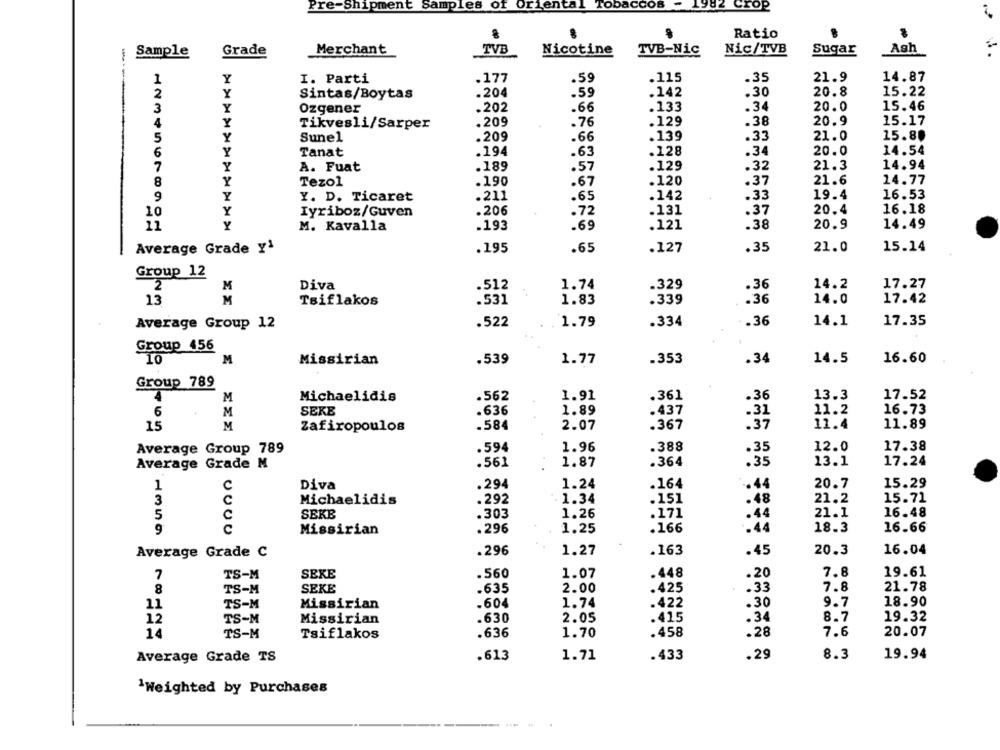
Pre-Shipment Samples
of Orient
CCOS
982 crop
Ratio
Sample
Grade
Merchant
TVB
Nicotine
TVB-Nic
Nic/TVB
Sugar
Ash
-
1
Y
I. Parti
.177
.59
.115
.35
21.9
14.87
2
.59
Y
Sintas/Boytas
.204
.142
.30
20.8
15.22
.34
3
Y
Ozgener
.202
.66
.133
20.0
15.46
.38
20.9
4
Y
Tikvesli/Sarper
.209
.76
.129
15.17
.139
.33
21.0
15.80
5
Y
Sunel
.209
.66
20.0
14.54
6
Y
Tanat
.194
.63
.128
.34
.57
.32
21.3
14.94
7
Y
A. Fuat
.189
.129
Tezol
.190
.37
21.6
14.77
8
Y
.67
.120
.142
19.4
16.53
9
Y
Y. D. Ticaret
.211
.65
.33
.206
.72
.131
.37
20.4
16.18
10
Y
Iyriboz/Guven
11
Y
.69
.121
.38
20.9
14.49
M. Kavalla
.193
.65
.127
.35
21.0
15.14
Average Grade y1
.195
Group 12
Diva
.329
14.2
M
.512
1.74
.36
17.27
13
M
1.83
.339
.36
14.0
17.42
Tsiflakos
.531
.522
1.79
.334
.36
14.1
17.35
Average Group 12
Group 456
M
Missirian
.539
1.77
.353
.34
14.5
16.60
Group 789
Michaelidis
.562
1.91
.361
.36
13.3
17.52
M
6
M
SEKE
.636
1.89
.437
.31
11.2
16.73
15
M
Zafiropoulos
.584
2.07
.367
.37
11.4
11.89
Average Group 789
.594
1.96
.388
.35
12.0
17.38
Average Grade M
.561
1.87
.364
.35
13.1
17.24
1
C
Diva
.294
1.24
.164
.44
20.7
15.29
3
Michaelidis
.292
1.34
.151
.48
21.2
15.71
5
C
SEKB
.303
1.26
.171
.44
21.1
16.48
C
Missirian
.296
1.25
.166
-. 44
18.3
16.66
Average Grade C
.296
1.27
.163
.45
20.3
16.04
7
TS-M
SEXE
.560
1.07
.448
.20
7.8
19.61
21.78
8
TS-M
SEKE
.635
2.00
.425
.33
7.8
11
TS-M
Missirian
.604
1.74
.422
.30
9.7
18.90
12
TS-M
Missirian
.630
2.05
.415
.34
8.7
19.32
14
TS-M
Tsiflakos
.636
1.70
.458
.28
7.6
20.07
Average Grade TS
.613
1.71
.433
.29
8.3
19.94
`Weighted by Purchases